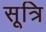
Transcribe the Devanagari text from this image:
सूत्रि